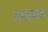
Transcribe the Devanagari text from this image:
रसभपाल